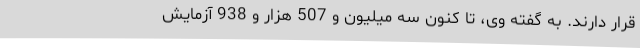
قرار دارند. به گفته وی، تا کنون سه میلیون و 507 هزار و 938 آزمایش